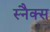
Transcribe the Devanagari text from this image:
स्‍नैक्‍स